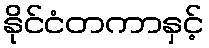
နိုင်ငံတကာနှင့်